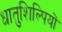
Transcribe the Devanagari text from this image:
धातुशिल्पियों